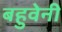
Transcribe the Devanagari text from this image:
बहुवेनी